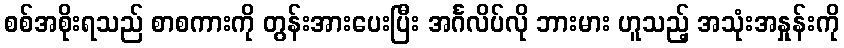
စစ်အစိုးရသည် စာစကားကို တွန်းအားပေးပြီး အင်္ဂလိပ်လို ဘားမား ဟူသည့် အသုံးအနှုန်းကို